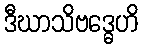
ဒီဃာသိဗဒ္ဓေဟိ